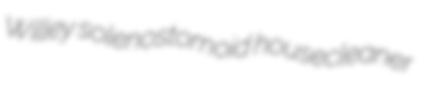
Willey solenostomoid housecleaner